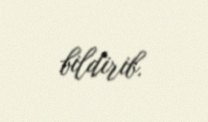
bildirib.